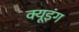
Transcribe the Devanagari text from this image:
क्यूइंग